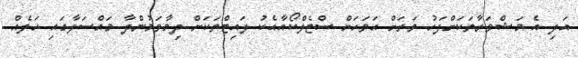
އަދި އެ މަޝްވަރާތަކަށްފަހު ވަރަށް އަވަހަށް ސްޓެލްކޯއާއެކު ލައިޓްތަކަށް ދިމާވަމުންދާ މައްސަލާގައި ހަލެއް